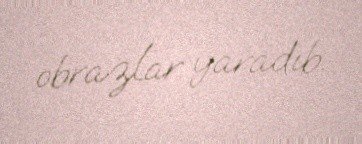
obrazlar yaradıb.